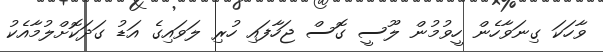
ވާހަކަ ގިނަވާހެން ހީވުމުން ލޫސީ ގޮސް ޖަހާފައި ހުރި ލަވައިގެ އަޑު ގަދަކޮށްލުމާއެކު